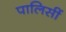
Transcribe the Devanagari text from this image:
पालिसीं